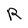
Character: R